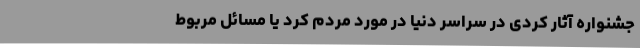
جشنواره آثار کُردی در سراسر دنيا در مورد مردم کُرد يا مسائل مربوط